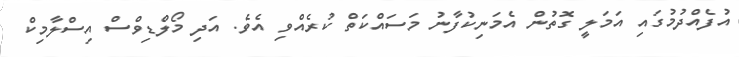
އުފެއްދުމުގައި އަމަލީ ގޮތުން އެމަނިކުފާނު މަސައްކަތް ކުރެއްވި އެވެ. އަދި މޯލްޑިވްސް އިސްލާމިކް